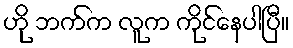
ဟို ဘက်က လူက ကိုင်နေပါပြီ။